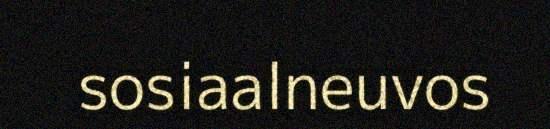
sosiaalneuvos